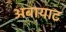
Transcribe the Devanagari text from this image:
अबायाट